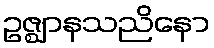
ဥဇ္ဈာနသညိနော